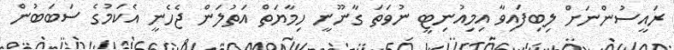
ރައީސުންނަށް ލިބިފައިވާ އިމިއުނިޓީ ނުވަތަ ގާނޫނީ ހިމާޔަތް އަތުލަން ޖެހެނީ އެކަމުގެ ސަބަބުން